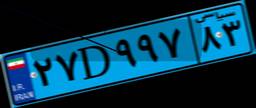
۲۷D۹۹۷۸۳